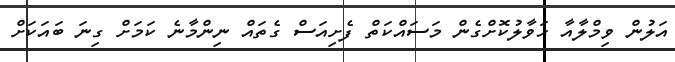
އަލުން ވިމްލާއާ ހަވާލުކޮށްގެން މަސައްކަތް ފެށިއަސް ގެތައް ނިންމާނެ ކަމަށް ގިނަ ބައަކަށް